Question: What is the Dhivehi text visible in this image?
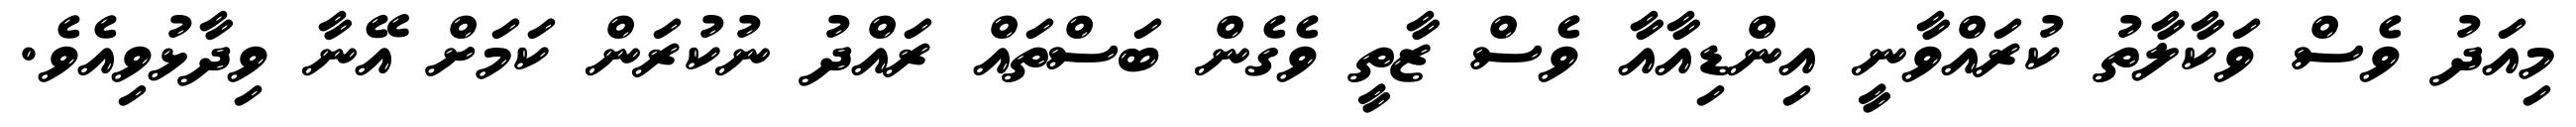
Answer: މިއަދު ވެސް ވަކާލާތު ކުރައްވާނީ އިންޑިއާއާ ވެސް ޒާތީ ވެގެން ބަސްތައް ރައްދު ނުކުރަން ކަމަށް އޭނާ ވިދާޅުވިއެވެ.